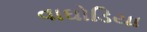
વાઘોડિયા